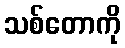
သစ်တောကို